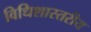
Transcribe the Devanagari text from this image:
विधिशास्तरीय